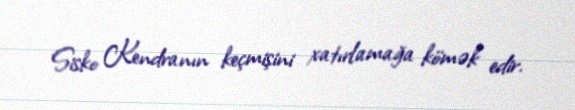
Sisko Kendranın keçmişini xatırlamağa kömək edir.